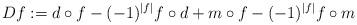
LaTeX: \begin{align*}D f := d \circ f -(-1)^{|f|} f \circ d + m \circ f - (-1)^{|f|} f \circ m\end{align*}